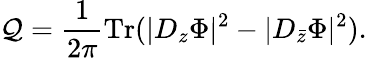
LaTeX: \mathcal{Q}=\frac{{1}}{{2\pi}}\mathrm{{Tr}}(|D_{z}\Phi|^{2}-|D_{\bar{{z}}}\Phi|^{2}).